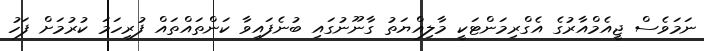
ނަމަވެސް ޖީއެމްއާރުގެ އެގްރިމަންޓަކީ މާލިއްޔަތު ގާނޫނުގައި ބުނެފައިވާ ކަންތައްތައް ފުރިހަމަ ކުރުމަށް ފަހު